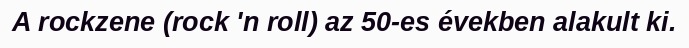
A rockzene (rock 'n roll) az 50-es években alakult ki.